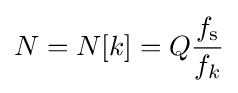
N=N[k]=Q{\frac {f_{\text{s}}}{f_{k}}}